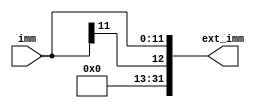
module sign_ext2(
    input [11:0]imm,

    output [31:0]ext_imm
);

wire msb = imm[11];
wire [19:0]msb_x20 = {20{msb}};
wire ext = msb ? msb_x20 : msb_x20;

assign ext_imm = {ext, imm};

endmodule